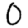
Digit: 0